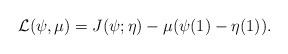
LaTeX: \begin{align*}{\cal L}(\psi,\mu) = J(\psi;\eta)-\mu (\psi(1)-\eta(1)).\end{align*}